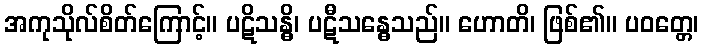
အကုသိုလ်စိတ်ကြောင့်။ ပဋိသန္ဓိ၊ ပဋီသန္ဓေသည်။ ဟောတိ၊ ဖြစ်၏။ ပဝတ္တေ၊